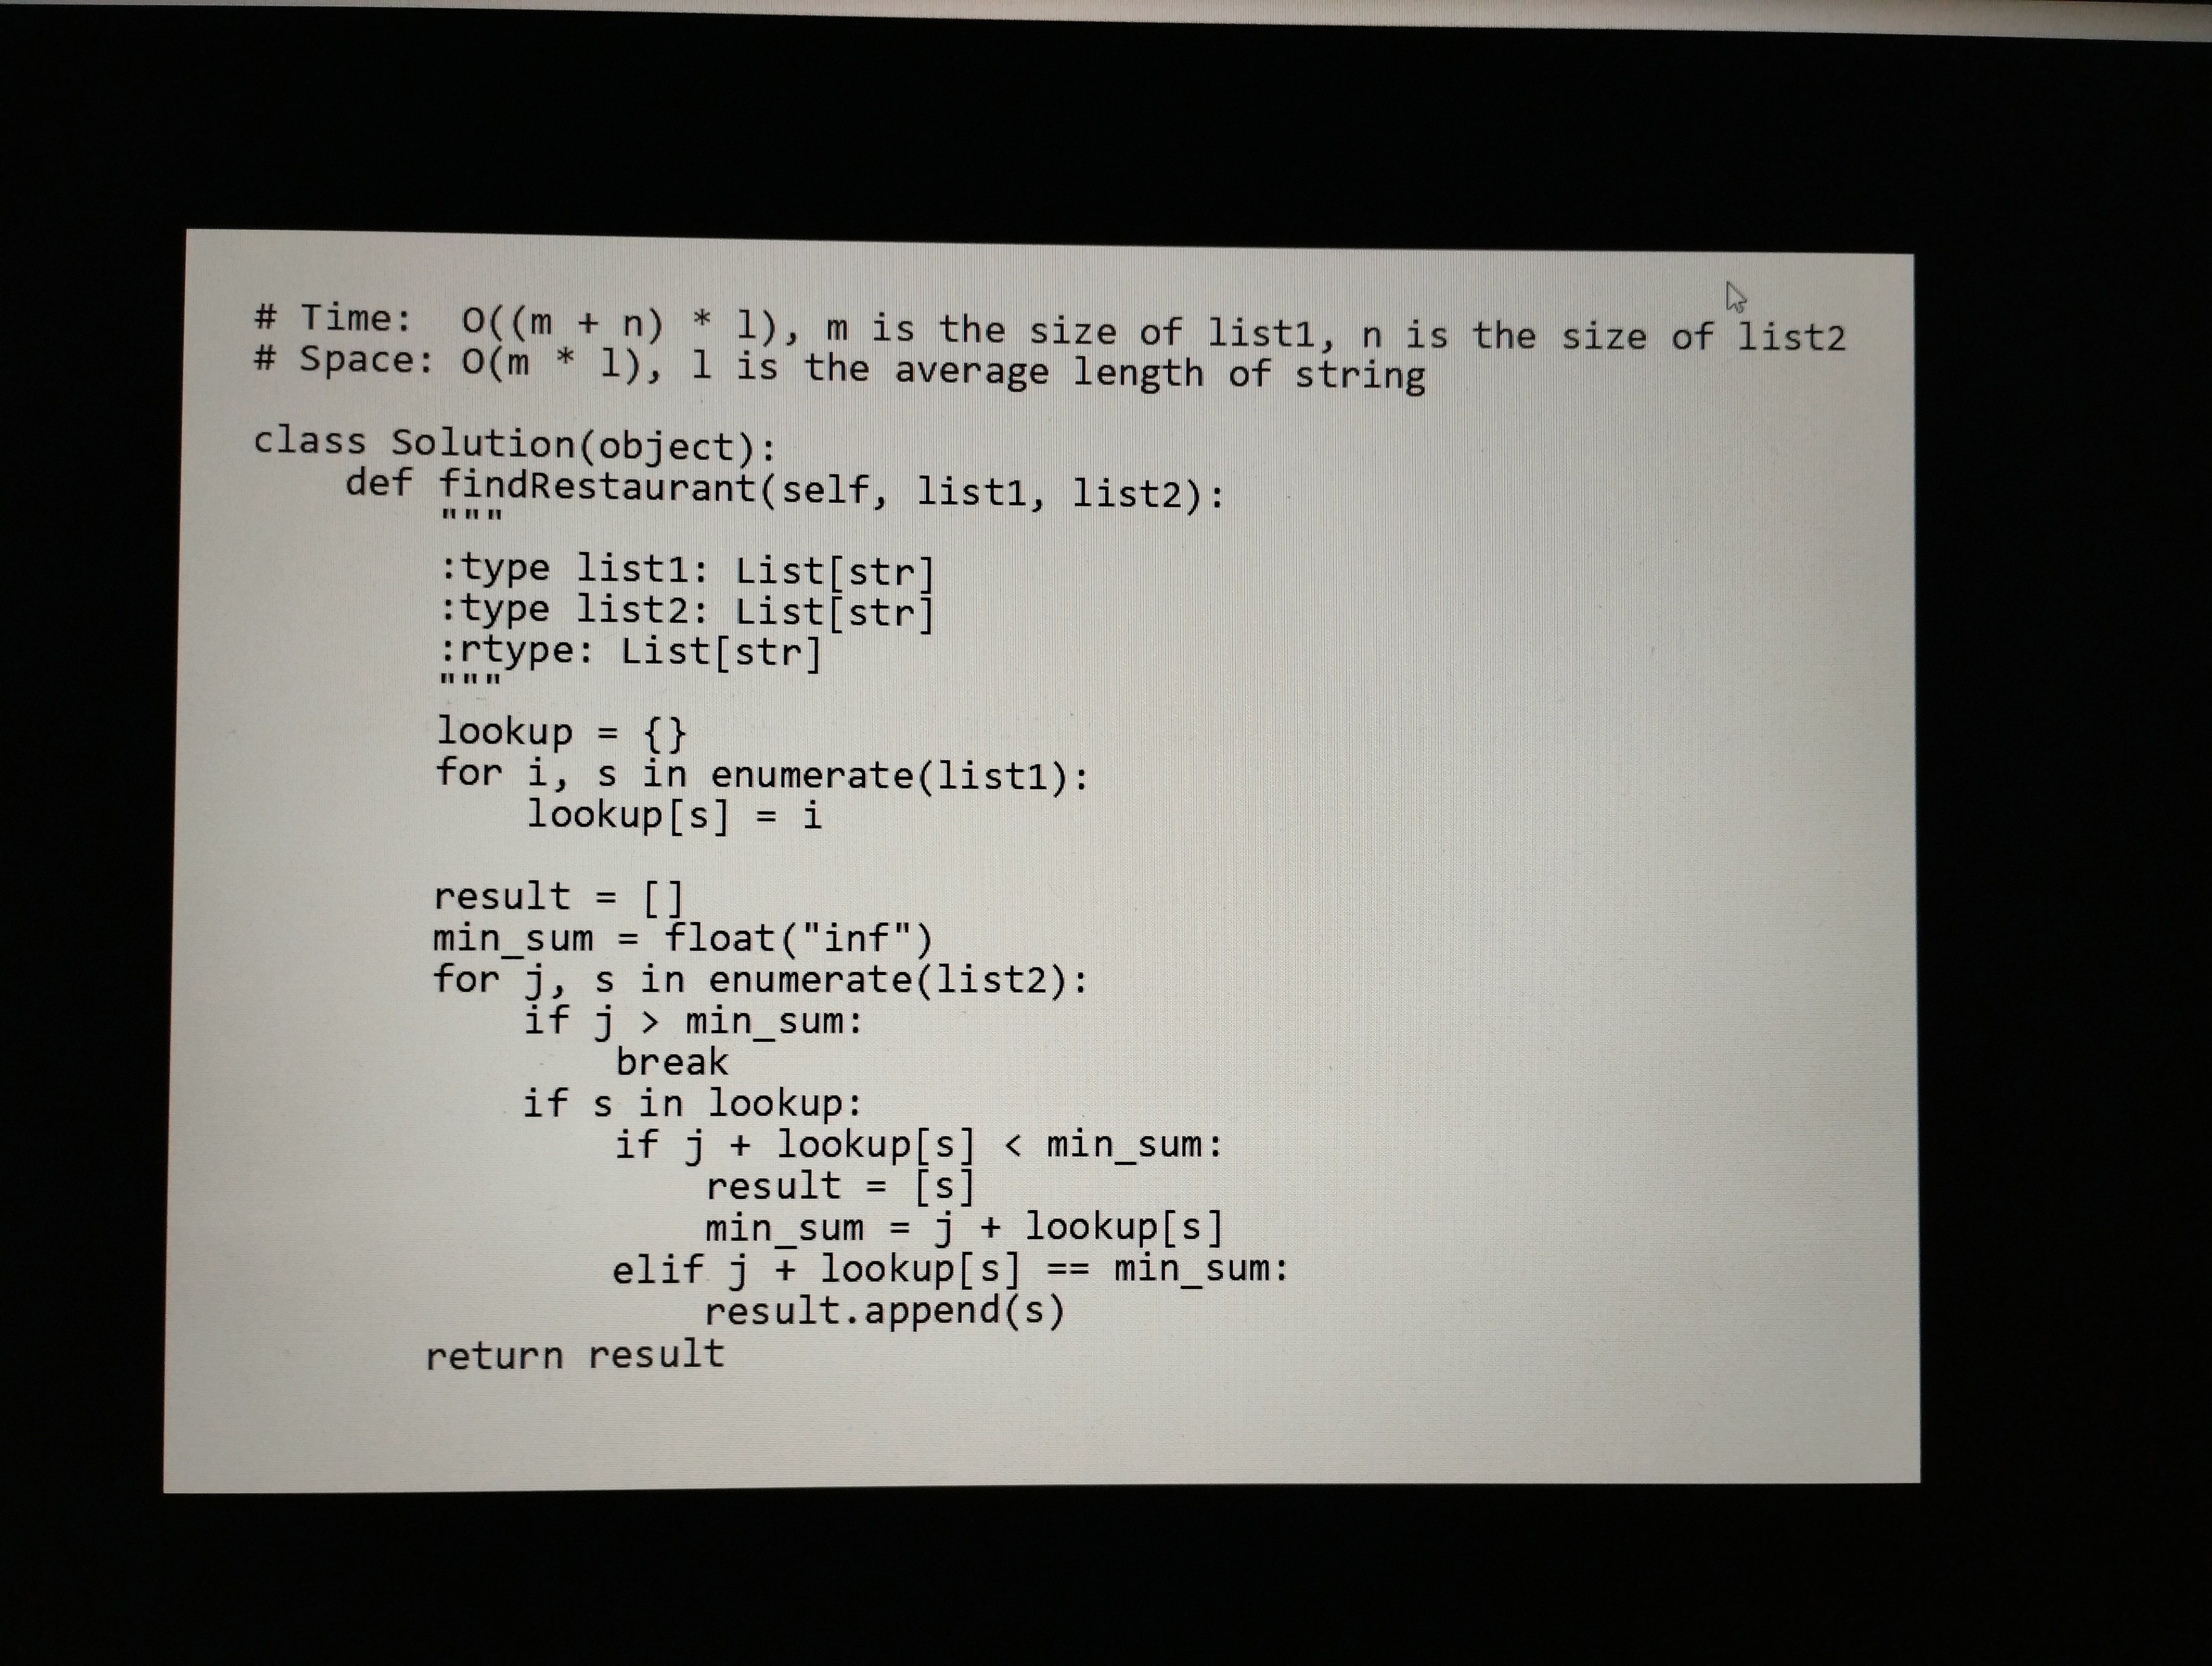
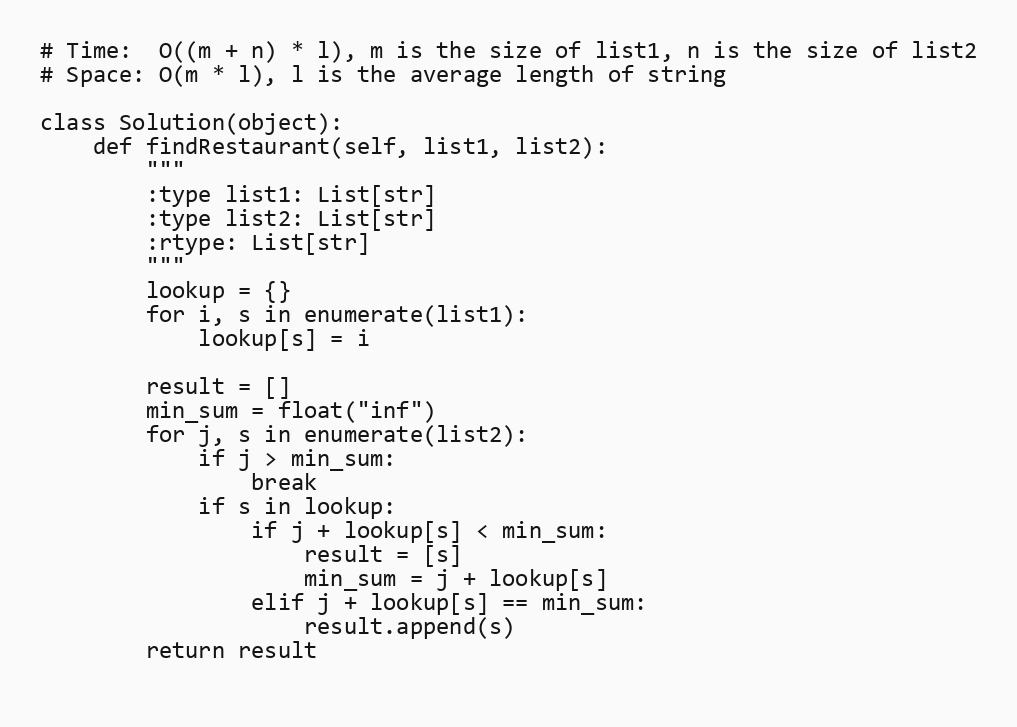
# Time:  O((m + n) * l), m is the size of list1, n is the size of list2
# Space: O(m * l), l is the average length of string

class Solution(object):
    def findRestaurant(self, list1, list2):
        """
        :type list1: List[str]
        :type list2: List[str]
        :rtype: List[str]
        """
        lookup = {}
        for i, s in enumerate(list1):
            lookup[s] = i

        result = []
        min_sum = float("inf")
        for j, s in enumerate(list2):
            if j > min_sum:
                break
            if s in lookup:
                if j + lookup[s] < min_sum:
                    result = [s]
                    min_sum = j + lookup[s]
                elif j + lookup[s] == min_sum:
                    result.append(s)
        return result